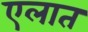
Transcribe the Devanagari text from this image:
एलात